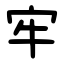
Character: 牢